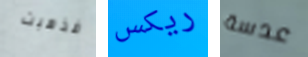
فذهبت ريكس عدسة